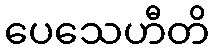
ပေသေဟီတိ